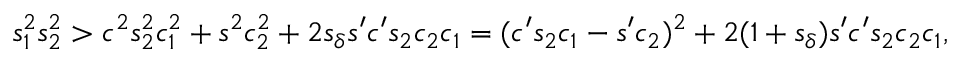
s _ { 1 } ^ { 2 } s _ { 2 } ^ { 2 } > c ^ { 2 } s _ { 2 } ^ { 2 } c _ { 1 } ^ { 2 } + s ^ { 2 } c _ { 2 } ^ { 2 } + 2 s _ { \delta } s ^ { \prime } c ^ { \prime } s _ { 2 } c _ { 2 } c _ { 1 } = ( c ^ { \prime } s _ { 2 } c _ { 1 } - s ^ { \prime } c _ { 2 } ) ^ { 2 } + 2 ( 1 + s _ { \delta } ) s ^ { \prime } c ^ { \prime } s _ { 2 } c _ { 2 } c _ { 1 } ,